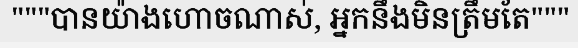
"""បានយ៉ាងហោចណាស់, អ្នកនឹងមិនត្រឹមតែ"""